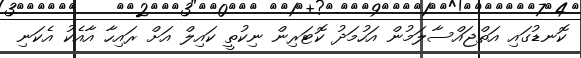
ކޮނޑުގައި އަތްޖައްސާލަމުން އަހުމަދު ކޮޓަރިން ނިކުތީ ކައިލް އަށް ރައިހާ އާއެކު އެކަނި